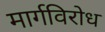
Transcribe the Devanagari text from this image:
मार्गविरोध